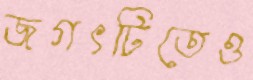
জগৎটিতেও